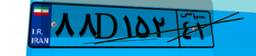
۸۸D۱۵۲۴۱